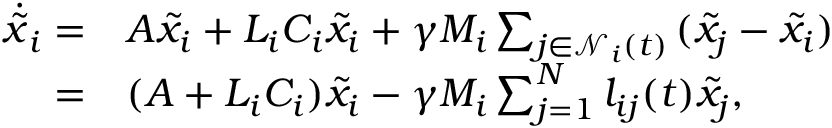
\begin{array} { r l } { \dot { \tilde { x } } _ { i } = } & { A \tilde { x } _ { i } + L _ { i } C _ { i } \tilde { x } _ { i } + \gamma M _ { i } \sum _ { j \in \mathcal { N } _ { i } ( t ) } { ( \tilde { x } _ { j } - \tilde { x } _ { i } ) } } \\ { = } & { ( A + L _ { i } C _ { i } ) \tilde { x } _ { i } - \gamma M _ { i } \sum _ { j = 1 } ^ { N } l _ { i j } ( t ) { \tilde { x } _ { j } } , } \end{array}